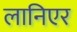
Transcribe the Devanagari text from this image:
लानिएर